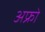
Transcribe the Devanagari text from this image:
अफ्रो